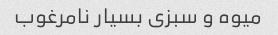
میوه و سبزی بسیار نامرغوب